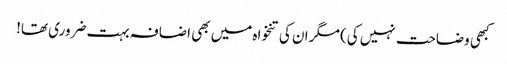
کبھی وضاحت نہیں کی) مگر ان کی تنخواہ میں بھی اضافہ بہت ضروری تھا!